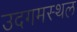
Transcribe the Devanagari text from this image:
उदगमस्थल